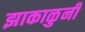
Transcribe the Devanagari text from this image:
झाकाळुनी